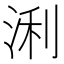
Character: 浰